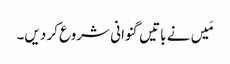
مَیں نے باتیں گنوانی شروع کر دیں۔